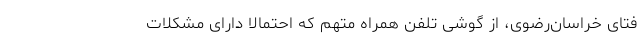
فتای خراسان‌رضوی، از گوشی تلفن همراه متهم که احتمالا دارای مشکلات